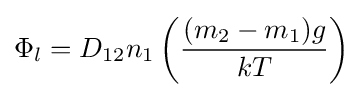
\Phi _{l}=D_{12}n_{1}\left({\frac {(m_{2}-m_{1})g}{kT}}\right)